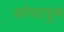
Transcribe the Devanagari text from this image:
कोस्ट्युम